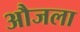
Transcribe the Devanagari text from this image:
औजला